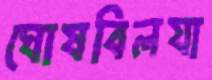
ঘোষবিলযা